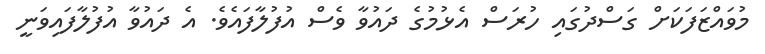
މުވައްޒަފަކަށް ގަސްދުގައި ހުރަސް އެޅުމުގެ ދައުވާ ވެސް އުފުލާފައެވެ. އެ ދައުވާ އުފުލާފައިވަނީ